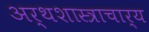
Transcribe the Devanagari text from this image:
अर्थशास्त्राचार्य